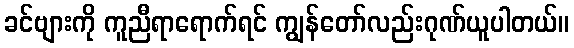
ခင်ဗျားကို ကူညီရာရောက်ရင် ကျွန်တော်လည်းဂုဏ်ယူပါတယ်။